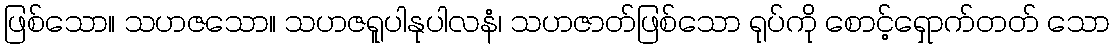
ဖြစ်သော။ သဟဇသော။ သဟဇရူပါနုပါလနံ၊ သဟဇာတ်ဖြစ်သော ရုပ်ကို စောင့်ရှောက်တတ် သော